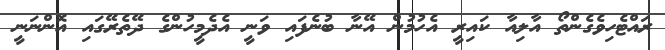
ރައްޓެހިވެގެންތޯ އާލިއާ ކައިރީ އެހުމުން އޭނާ ބުނެފައި ވަނީ އެދެމީހުންގެ ދޭތެރޭގައި އޮންނަނީ